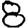
Digit: 8